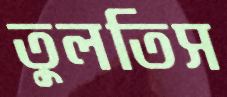
তুলতিস